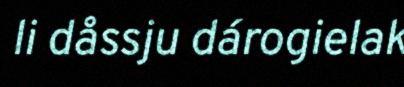
li dåssju dárogielak